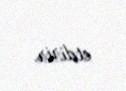
etdirir.